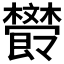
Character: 𣁩